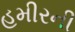
હમીરની